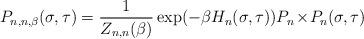
LaTeX: \begin{align*}P_{n,n,\beta}(\sigma,\tau)=\frac{1}{Z_{n,n}(\beta)}\exp(-\beta H_n(\sigma,\tau))P_n\!\times\!P_n(\sigma,\tau)\end{align*}